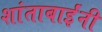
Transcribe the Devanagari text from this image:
शांताबार्इंनी